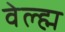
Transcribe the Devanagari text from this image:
वेल्ह्म